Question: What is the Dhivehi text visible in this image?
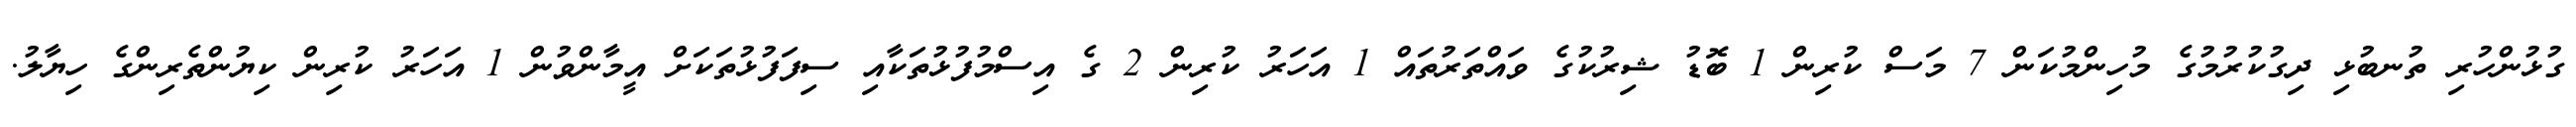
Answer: ގުޅުންހުރި ތުނބުޅި ދިގުކުރުމުގެ މުހިންމުކަން 7 މަސް ކުރިން 1 ބޮޑު ޝިރުކުގެ ވައްތަރުތައް 1 އަހަރު ކުރިން 2 ގެ އިސްމުފުޅުތަކާއި ސިފަފުޅުތަކަށް އީމާންވުން 1 އަހަރު ކުރިން ކިޔުންތެރިންގެ ހިޔާލު.